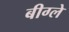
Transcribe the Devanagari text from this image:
बीग्ले